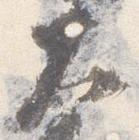
太